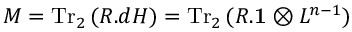
M = \mathrm { T r } _ { 2 } \, ( R . d { \cal H } ) = \mathrm { T r } _ { 2 } \, ( R . { \bf 1 } \otimes L ^ { n - 1 } )